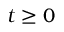
t \geq 0